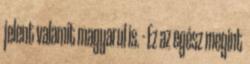
jelent valamit magyarul is. - Ez az egész megint